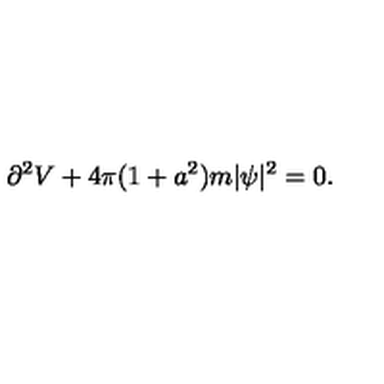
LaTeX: \partial ^ { 2 } V + 4 \pi ( 1 + a ^ { 2 } ) m | \psi | ^ { 2 } = 0 .